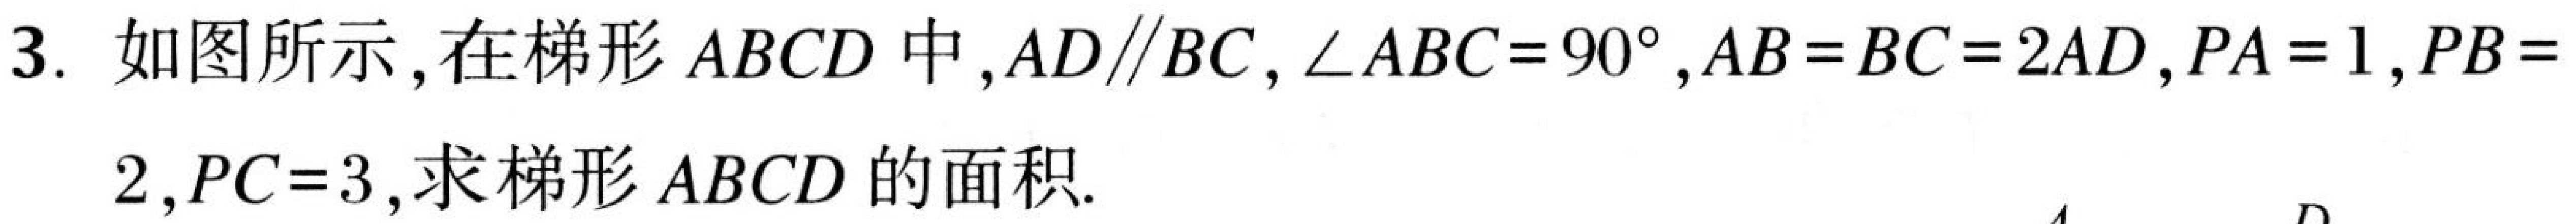
3. 如图所示，在梯形\(ABCD\)中，\(AD\parallel BC\)，\(\angle ABC = 90^{\circ}\)，\(AB = BC = 2AD\)，\(PA = 1\)，\(PB = 2\)，\(PC = 3\)，求梯形\(ABCD\)的面积.